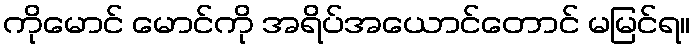
ကိုမောင် မောင်ကို အရိပ်အယောင်တောင် မမြင်ရ။